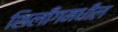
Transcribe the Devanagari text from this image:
शिलाँगमधील